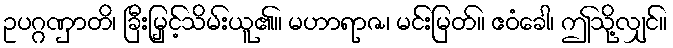
ဥပဂ္ဂဏှာတိ၊ ခြီးမြှင့်သိမ်းယူ၏။ မဟာရာဇ၊ မင်းမြတ်။ ဧဝံခေါ၊ ဤသို့လျှင်။